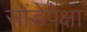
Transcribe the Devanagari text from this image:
सोंडेपेक्षा